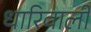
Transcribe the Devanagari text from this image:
धारिवाली